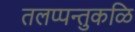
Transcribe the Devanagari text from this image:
तलप्पन्तुकळि